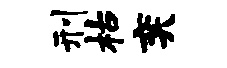
刑枯奕